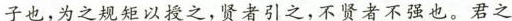
子也，为之规矩以授之，贤者引之，不贤者不强也。君之